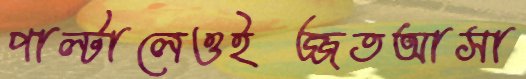
পাল্টালেওইজ্জতআসা